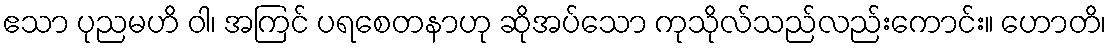
ဧသာ ပုညမဟိ ဝါ၊ အကြင် ပရစေတနာဟု ဆိုအပ်သော ကုသိုလ်သည်လည်းကောင်း။ ဟောတိ၊